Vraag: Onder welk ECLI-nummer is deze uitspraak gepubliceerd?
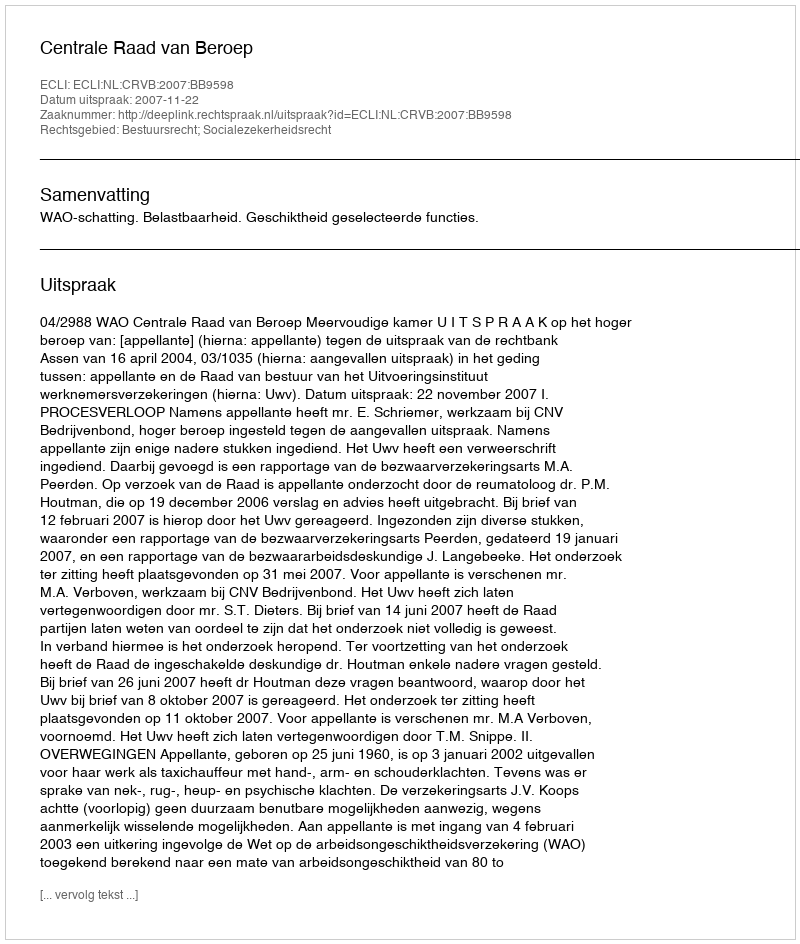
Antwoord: ECLI:NL:CRVB:2007:BB9598